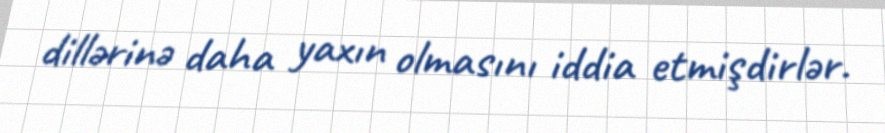
dillərinə daha yaxın olmasını iddia etmişdirlər.